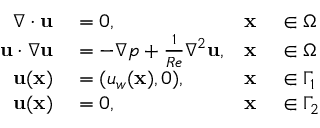
\begin{array} { r l r l } { \nabla \cdot { \mathbf { u } } } & { { } = 0 , } & { \mathbf { x } } & { { } \in \Omega } \\ { { \mathbf { u } } \cdot \nabla { \mathbf { u } } } & { { } = - \nabla p + \frac { 1 } { R e } { \nabla ^ { 2 } } { \mathbf { u } } , } & { \mathbf { x } } & { { } \in \Omega } \\ { \mathbf { u } ( \mathbf { x } ) } & { { } = ( u _ { w } ( \mathbf { x } ) , 0 ) , } & { \mathbf { x } } & { { } \in \Gamma _ { 1 } } \\ { \mathbf { u } ( \mathbf { x } ) } & { { } = 0 , } & { \mathbf { x } } & { { } \in \Gamma _ { 2 } } \end{array}